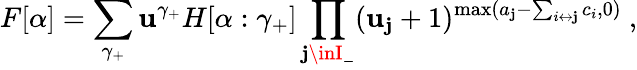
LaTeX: F[\alpha]=\sum_{\gamma_{+}}\mathbf{u}^{\gamma_{+}}H[\alpha:\gamma_{+}]\prod_{\mathbf{j}\inI_{-}}(\mathbf{u}_{\mathbf{j}}+1)^{\operatorname*{max}(a_{\mathbf{j}}-\sum_{i\leftrightarrow\mathbf{j}}c_{i},0)}\ ,